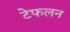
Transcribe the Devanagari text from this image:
टेफलन